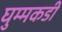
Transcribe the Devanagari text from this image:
घुम्मकडी